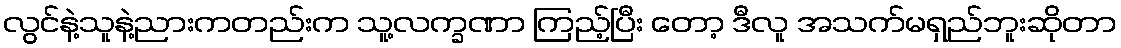
လွင်နဲ့သူနဲ့ညားကတည်းက သူ့လက္ခဏာ ကြည့်ပြီး တော့ ဒီလူ အသက်မရှည်ဘူးဆိုတာ